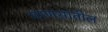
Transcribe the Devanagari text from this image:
माणसांतील